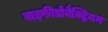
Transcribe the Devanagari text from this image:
बाइफीडोबैक्ट्रियम